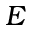
E